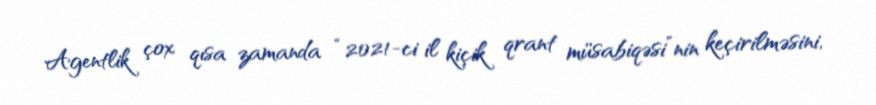
Agentlik çox qısa zamanda “2021-ci il kiçik qrant müsabiqəsi”nin keçirilməsini,